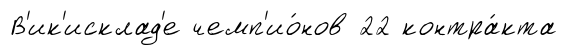
В'ик'исклад'е чемп'ио́нов 22 контра́кта